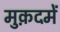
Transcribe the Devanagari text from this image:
मुक़दमें